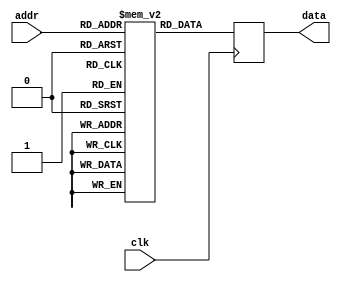
// This program was cloned from: https://github.com/Obijuan/open-fpga-verilog-tutorial
// License: GNU General Public License v2.0

//----------------------------------------------------------------------------
//-- Memoria ROM de 32 x 4
//------------------------------------------
//-- (C) BQ. October 2015. Written by Juan Gonzalez (Obijuan)
//-- GPL license
//----------------------------------------------------------------------------
//-- Ejemplo de una memoria rom de 32 x 4. Solo estan inicializadas las 8
//-- primeras posiciones (con un valor igual a su direccion). El resto
//-- estn a 0
//----------------------------------------------------------------------------
`default_nettype none

module rom32x4 (input clk,
                input wire [4:0] addr,
                output reg [3:0] data);

  //-- Memoria
  reg [3:0] rom [0:31];

  //-- Proceso de acceso a la memoria. 
  //-- Se ha elegido flanco de bajada en este ejemplo, pero
  //-- funciona igual si es de subida
  always @(negedge clk) begin
    data <= rom[addr];
  end
    

//-- Inicializacion de la memoria. 
//-- Solo se dan valores a las 8 primeras posiciones
//-- El resto permanecera a 0
  initial begin
    rom[0] = 4'h0; 
    rom[1] = 4'h1;
    rom[2] = 4'h2;
    rom[3] = 4'h3;
    rom[4] = 4'h4; 
    rom[5] = 4'h5;
    rom[6] = 4'h6;
    rom[7] = 4'h7;
   end


endmodule